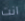
انت